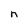
Character: n